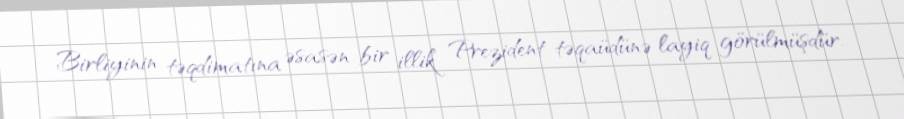
Birliyinin təqdimatına əsasən bir illik Prezident təqaüdünə layiq görülmüşdür.